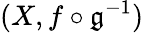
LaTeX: (X,f\circ\mathfrak{g}^{-1})